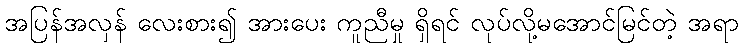
အပြန်အလှန် လေးစား၍ အားပေး ကူညီမှု ရှိရင် လုပ်လို့မအောင်မြင်တဲ့ အရာ